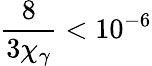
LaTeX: \frac{8}{3\chi_{\gamma}}<10^{-6}